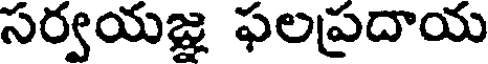
సర్వయజ్ఞ ఫలప్రదాయ